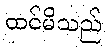
ထင်မိသည်